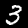
Label: 3